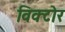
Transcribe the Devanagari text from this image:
विक्टोर